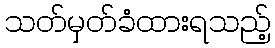
သတ်မှတ်ခံထားရသည့်